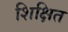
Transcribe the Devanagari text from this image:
शिक्षित